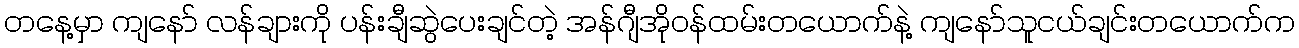
တနေ့မှာ ကျနော် လန်ချားကို ပန်းချီဆွဲပေးချင်တဲ့ အန်ဂျီအိုဝန်ထမ်းတယောက်နဲ့ ကျနော်သူငယ်ချင်းတယောက်က